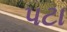
પટા